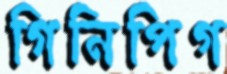
গিনিপিগ